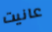
عانيت